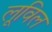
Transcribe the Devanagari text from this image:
लूविल